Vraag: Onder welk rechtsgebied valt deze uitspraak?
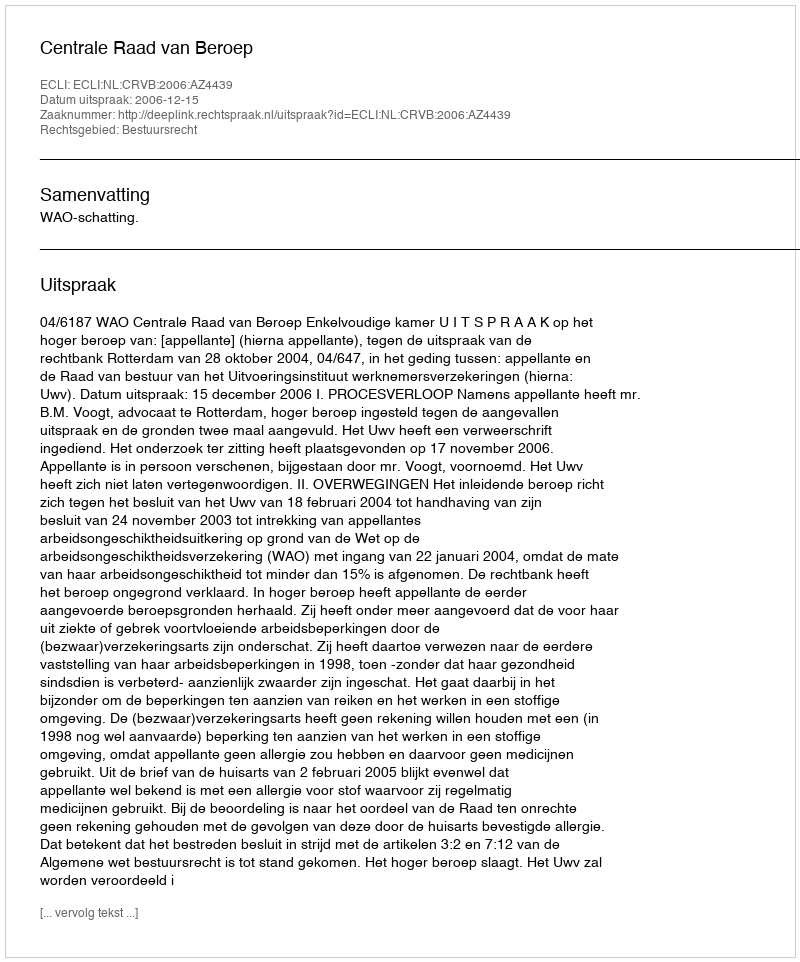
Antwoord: Bestuursrecht